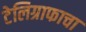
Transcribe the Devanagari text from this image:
टेलिग्राफाचा